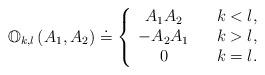
LaTeX: \begin{align*} \mathbb{O}_{k,l}\left(A_{1},A_{2}\right)\doteq \left\{ \begin{array}{ccc} A_{1}A_{2} & & k<l,\\ -A_{2}A_{1} & & k>l,\\ 0 & & k=l. \end{array}\right.\end{align*}